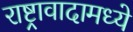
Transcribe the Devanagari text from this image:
राष्ट्रावादामध्ये